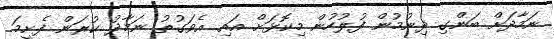
ނަމާދަށް ބަންގި ދިނުމުން ފުލުހުން މިކޮޅަށް އަައި. އެވަގުތު ނަމާދު ކުރަން ފެށީމަ